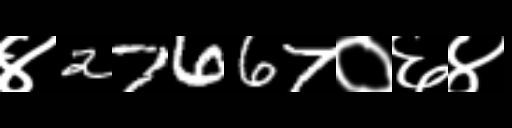
Text: ४27667०६४